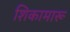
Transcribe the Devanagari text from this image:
शिकामारू